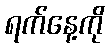
ရက်နေ့ကို